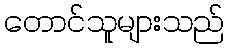
တောင်သူများသည်